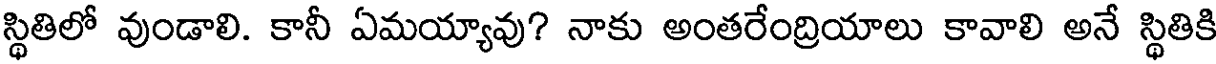
స్థితిలో వుండాలి. కానీ ఏమయ్యావు? నాకు అంతరేంద్రియాలు కావాలి అనే స్థితికి